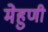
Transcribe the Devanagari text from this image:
मेहुणी